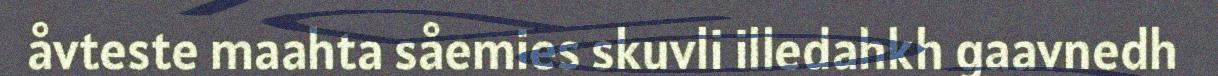
åvteste maahta såemies skuvli illedahkh gaavnedh